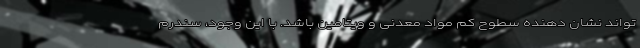
تواند نشان دهنده سطوح کم مواد معدنی و ویتامین باشد. با این وجود، سندرم